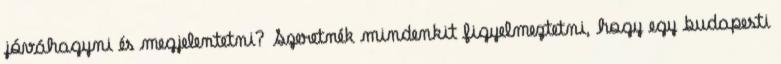
jóváhagyni és megjelentetni? Szeretnék mindenkit figyelmeztetni, hogy egy budapesti